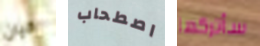
كيان اصطحاب سأتركها